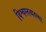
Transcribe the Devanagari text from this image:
विश्वस्तव्यवस्था